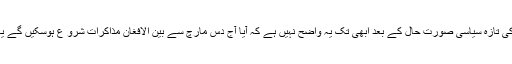
ملک کی تازہ سیاسی صورت حال کے بعد ابھی تک یہ واضح نہیں ہے کہ آیا آج دس مارچ سے بین الافغان مذاکرات شرو ع ہوسکیں گے یا نہیں۔